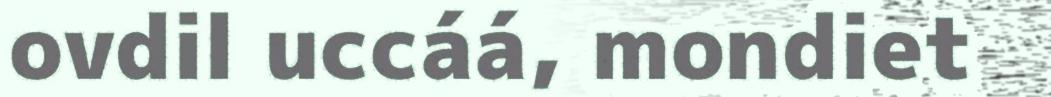
ovdil uccáá, mondiet